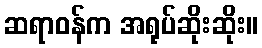
ဆရာဝန်က အရုပ်ဆိုးဆိုး။